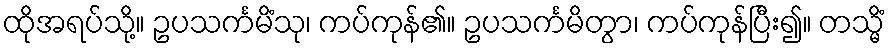
ထိုအရပ်သို့။ ဥပသင်္ကမိံသု၊ ကပ်ကုန်၏။ ဥပသင်္ကမိတွာ၊ ကပ်ကုန်ပြီး၍။ တသ္မိံ